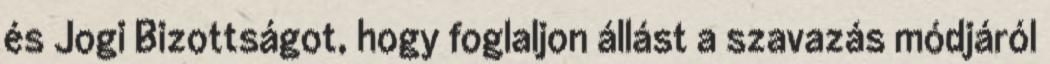
és Jogi Bizottságot, hogy foglaljon állást a szavazás módjáról